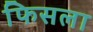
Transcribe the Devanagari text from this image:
फिसला